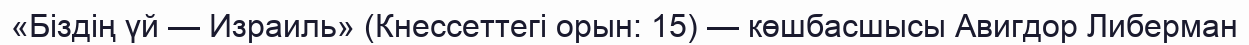
«Біздің үй — Израиль» (Кнессеттегі орын: 15) — көшбасшысы Авигдор Либерман